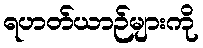
ရဟတ်ယာဉ်များကို